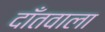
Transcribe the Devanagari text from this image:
दाँतवाला